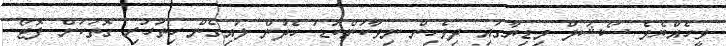
ވީހެއްޔެވެ ސޯޝަލް މިޑިޔާގައި ދިވެހިން ނިވާކަންކުޑަ ހެދުން ލައިގެން ހިތުހުރި ގޮތަކަށް ފޮޓޯ